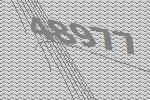
48977